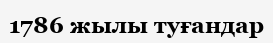
1786 жылы туғандар